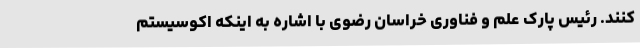
کنند. رئیس پارک علم و فناوری خراسان رضوی با اشاره به اینکه اکوسیستم